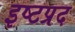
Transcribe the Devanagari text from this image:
इष्टप्रद